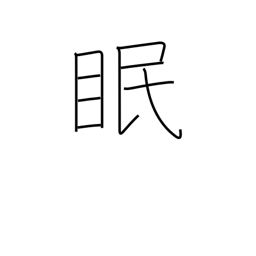
Meaning: sleep